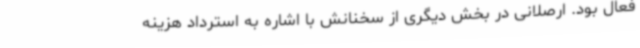
فعال بود. ارصلانی در بخش دیگری از سخنانش با اشاره به استرداد هزینه